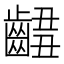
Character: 𪘴